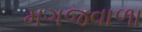
મગજવાળા